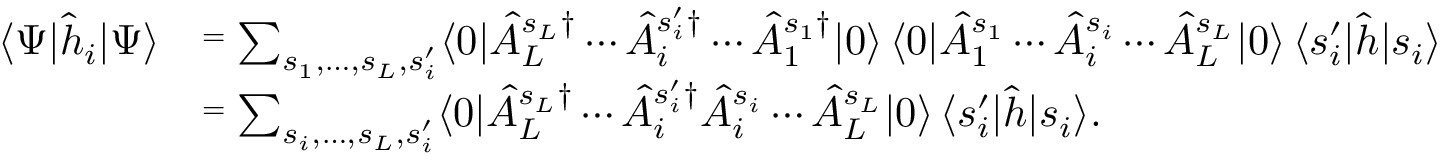
\begin{array} { r l } { \langle \Psi | \hat { h } _ { i } | \Psi \rangle } & { \stackrel { = } \textstyle \sum _ { s _ { 1 } , \dotsc , s _ { L } , s _ { i } ^ { \prime } } \langle 0 | \hat { A } _ { L } ^ { s _ { L } \dag } \dotsb \hat { A } _ { i } ^ { s _ { i } ^ { \prime } \dag } \dotsb \hat { A } _ { 1 } ^ { s _ { 1 } \dag } | 0 \rangle \, \langle 0 | \hat { A } _ { 1 } ^ { s _ { 1 } } \dotsb \hat { A } _ { i } ^ { s _ { i } } \dotsb \hat { A } _ { L } ^ { s _ { L } } | 0 \rangle \, \langle s _ { i } ^ { \prime } | \hat { h } | s _ { i } \rangle } \\ & { \stackrel { = } \textstyle \sum _ { s _ { i } , \dotsc , s _ { L } , s _ { i } ^ { \prime } } \langle 0 | \hat { A } _ { L } ^ { s _ { L } \dag } \dotsb \hat { A } _ { i } ^ { s _ { i } ^ { \prime } \dag } \hat { A } _ { i } ^ { s _ { i } } \dotsb \hat { A } _ { L } ^ { s _ { L } } | 0 \rangle \, \langle s _ { i } ^ { \prime } | \hat { h } | s _ { i } \rangle . } \end{array}